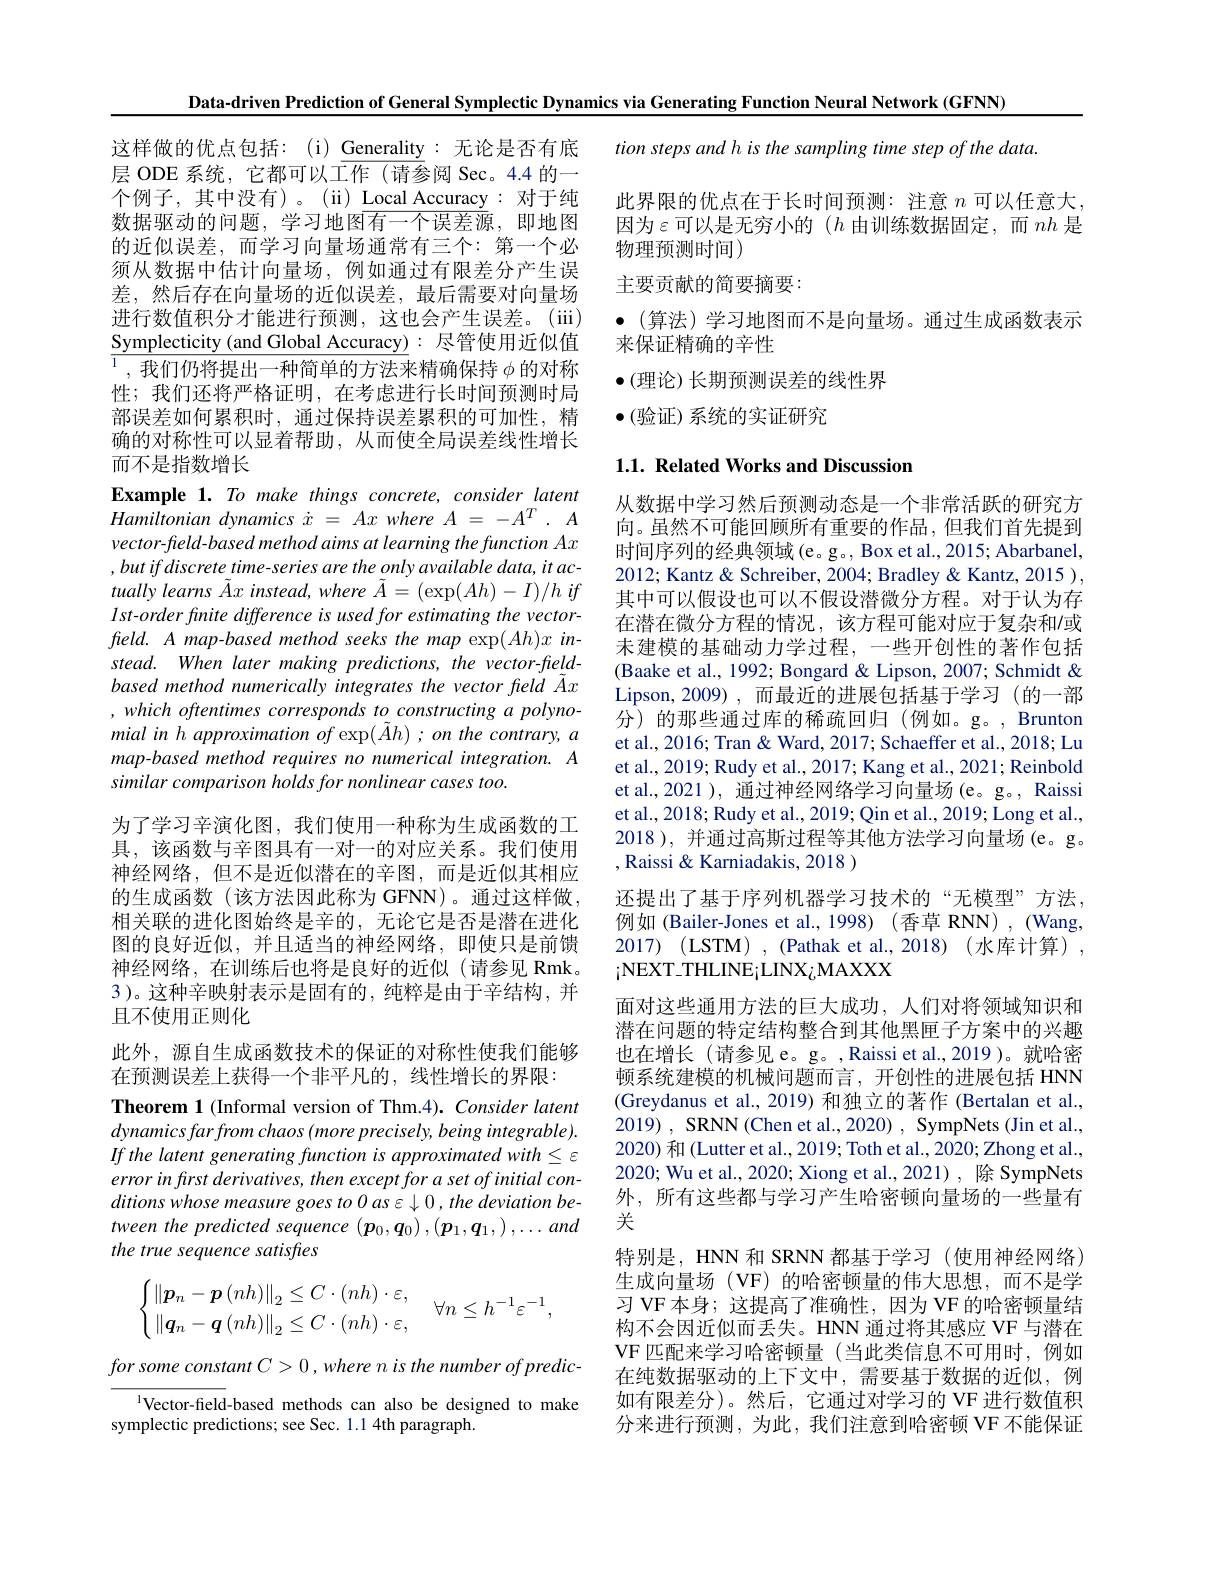
Data-driven Prediction of General Symplectic Dynamics via Generating Function Neural Network (GFNN)

tion steps and h is the sampling time step of the data.

这样做的优点包括：(i) Generality:无论是否有底层 ODE 系统，它都可以工作 (请参阅 Sec。4.4 的一个例子，其中没有)。(ii) Local Accuracy:对于纯数据驱动的问题，学习地图有一个误差源，即地图的近似误差，而学习向量场通常有三个：第一个必须从数据中估计向量场，例如通过有限差分产生误差，然后存在向量场的近似误差，最后需要对向量场进行数值积分才能进行预测，这也会产生误差。(iii) $\underline{\text{Symplecticity (and Global Accuracy)}}:$尽管使用近似值$\overline{^1,\text{ 我们仍将提出一种简单的方法来}}$精确保持 $\phi$ 的对称性；我们还将严格证明，在考虑进行长时间预测时局部误差如何累积时，通过保持误差累积的可加性，精确的对称性可以显着帮助，从而使全局误差线性增长而不是指数增长

此界限的优点在于长时间预测：注意$n$可以任意大因为$\varepsilon$可以是无穷小的 $(h$ 由训练数据固定，而 $nh$ 是物理预测时间)
主要贡献的简要摘要：
$\bullet($算法)学习地图而不是向量场。通过生成函数表示
来保证精确的辛性
$\bullet($理论)长期预测误差的线性界
$\bullet($验证)系统的实证研究

## $1. 1. \textbf{Related Works and Discussion}$

Example 1. To make things concrete, consider latent $Hamiltonian\textit{ dynamics }\dot{x} = Ax\textit{ where }A= - A^T. A$ vector-fleld-based method aims at learning the function Ax $,butifdiscretetime-seriesaretheonlyavailabledata,itac-$ tually learns $\tilde{A}x$ instead, where $\tilde{A} = ( \exp ( Ah) - I) / h\textit{if}$ Ist-order finite difference is used for estimating the vectorfleld. A map-based method seeks the map exp(Ah)x instead. When later making predictions, the vector-fieldbased method numerically integrates the vector freld $\tilde{A}x$ , which oftentimes corresponds to constructing a polynomial in h approximation of exp$(\tilde{A}h)$ ; on the contrary, a map-based method requires no numerical integration. A similar comparison holds for nonlinear cases too.
为了学习辛演化图，我们使用一种称为生成函数的工具，该函数与辛图具有一对一的对应关系。我们使用神经网络，但不是近似潜在的辛图，而是近似其相应的生成函数(该方法因此称为 GFNN)。通过这样做相关联的进化图始终是辛的，无论它是否是潜在进化图的良好近似，并且适当的神经网络，即使只是前馈

从数据中学习然后预测动态是一个非常活跃的研究方向。虽然不可能回顾所有重要的作品，但我们首先提到时间序列的经典领域(e。g., Box et al., 2015; Abarbanel, 2012; Kantz & Schreiber, 2004; Bradley & Kantz, 2015 ), 其中可以假设也可以不假设潜微分方程。对于认为存在潜在微分方程的情况，该方程可能对应于复杂和/或末建模的基础动力学过程，一些开创性的著作包括(Baake et al., 1992; Bongard & Lipson, 2007; Schmidt & Lipson,2009),而最近的进展包括基于学习(的一部分)的那些通过库的稀疏回归(例如。g。,Brunton et al., 2016; Tran & Ward, 2017; Schaeffer et al., 2018; Lu et al., 2019; Rudy et al., 2017; Kang et al., 2021; Reinbold et al.,2021 ), 通过神经网络学习向量场 (e。g。, Raissi et al.,2018; Rudy et al., 2019; Qin et al., 2019; Long et al., 2018 ), 并通过高斯过程等其他方法学习向量场 (e。g。,Raissi & Karniadakis, 2018 )
还提出了基于序列机器学习技术的“无模型”方法， 例如 (Bailer-Jones et al.,1998) (香草 RNN) , (Wang, 2017) (LSTM) , (Pathak et al., 2018) (水库计算) , $_{\mathrm{i}}$NEXT-THLINE¡LINX¿MAXXX
面对这些通用方法的巨大成功，人们对将领域知识和潜在问题的特定结构整合到其他黑匣子方案中的兴趣也在增长(请参见e。g。,Raissi et al.,2019)。就哈密顿系统建模的机械问题而言，开创性的进展包括 HNN (Greydanus et al., 2019) 和独立的著作 (Bertalan et al., 2019) , SRNN( Chen et al. , 2020) , SympNets ( Jin et al. , 2020) 和 (Lutter et al., 2019; Toth et al., 2020; Zhong et al., 2020; Wu et al., 2020; Xiong et al., 2021) , 除 SympNets 外，所有这些都与学习产生哈密顿向量场的一些量有关
特别是，HNN 和 SRNN 都基于学习 (使用神经网络) 生成向量场(VF)的哈密顿量的伟大思想，而不是学习 VF 本身；这提高了准确性，因为 VF 的哈密顿量结构不会因近似而丢失。HNN 通过将其感应 VF 与潜在VF 匹配来学习哈密顿量(当此类信息不可用时，例如在纯数据驱动的上下文中，需要基于数据的近似，例如有限差分)。然后，它通过对学习的 VF 进行数值积分来进行预测，为此，我们注意到哈密顿 VF 不能保证

神经网络，在训练后也将是良好的近似(请参见 Rmk。3 )。这种辛映射表示是固有的，纯粹是由于辛结构，并且不使用正则化
此外，源自生成函数技术的保证的对称性使我们能够
在预测误差上获得一个非平凡的，线性增长的界限：
Theorem 1 (Informal version of Thm.4). Consider latent $dynamicsfarfromchaos(moreprecisely,beingintegrable).$ If the latent generating function is approximated with S E error in first derivatives, then except for a set of initial conditions whose measure goes to 0 as ε β , the deviation between the predicted sequence (po,q) ,(p,q,) ,...and the true sequence satisfles
$$\begin{cases}\left\|\boldsymbol{p}_{n}-\boldsymbol{p}\left(nh\right)\right\|_{2}\leq C\cdot(nh)\cdot\varepsilon,\\\left\|\boldsymbol{q}_{n}-\boldsymbol{q}\left(nh\right)\right\|_{2}\leq C\cdot(nh)\cdot\varepsilon,\end{cases}\forall n\leq h^{-1}\varepsilon^{-1},$$
forsomeconstant $C> 0$ $, where$ $n$ $is$ the number $of$ $predic-$
Vector-field-based methods can also be designed to make
symplectic predictions; see Sec. 1.1 4th paragraph.